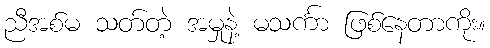
ညီအစ်မ သတ်တဲ့ အမှုနဲ့ မသင်္ကာ ဖြစ်နေတာကိုး။